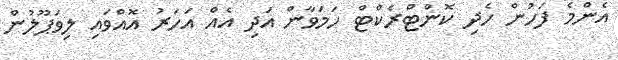
އެންމެ ފަހުން ހެދި ކޮންޓްރެކްޓް ހަމަވާން އަދި އެއް އަހަރު އޮއްވައި ލިވަޕޫލުން